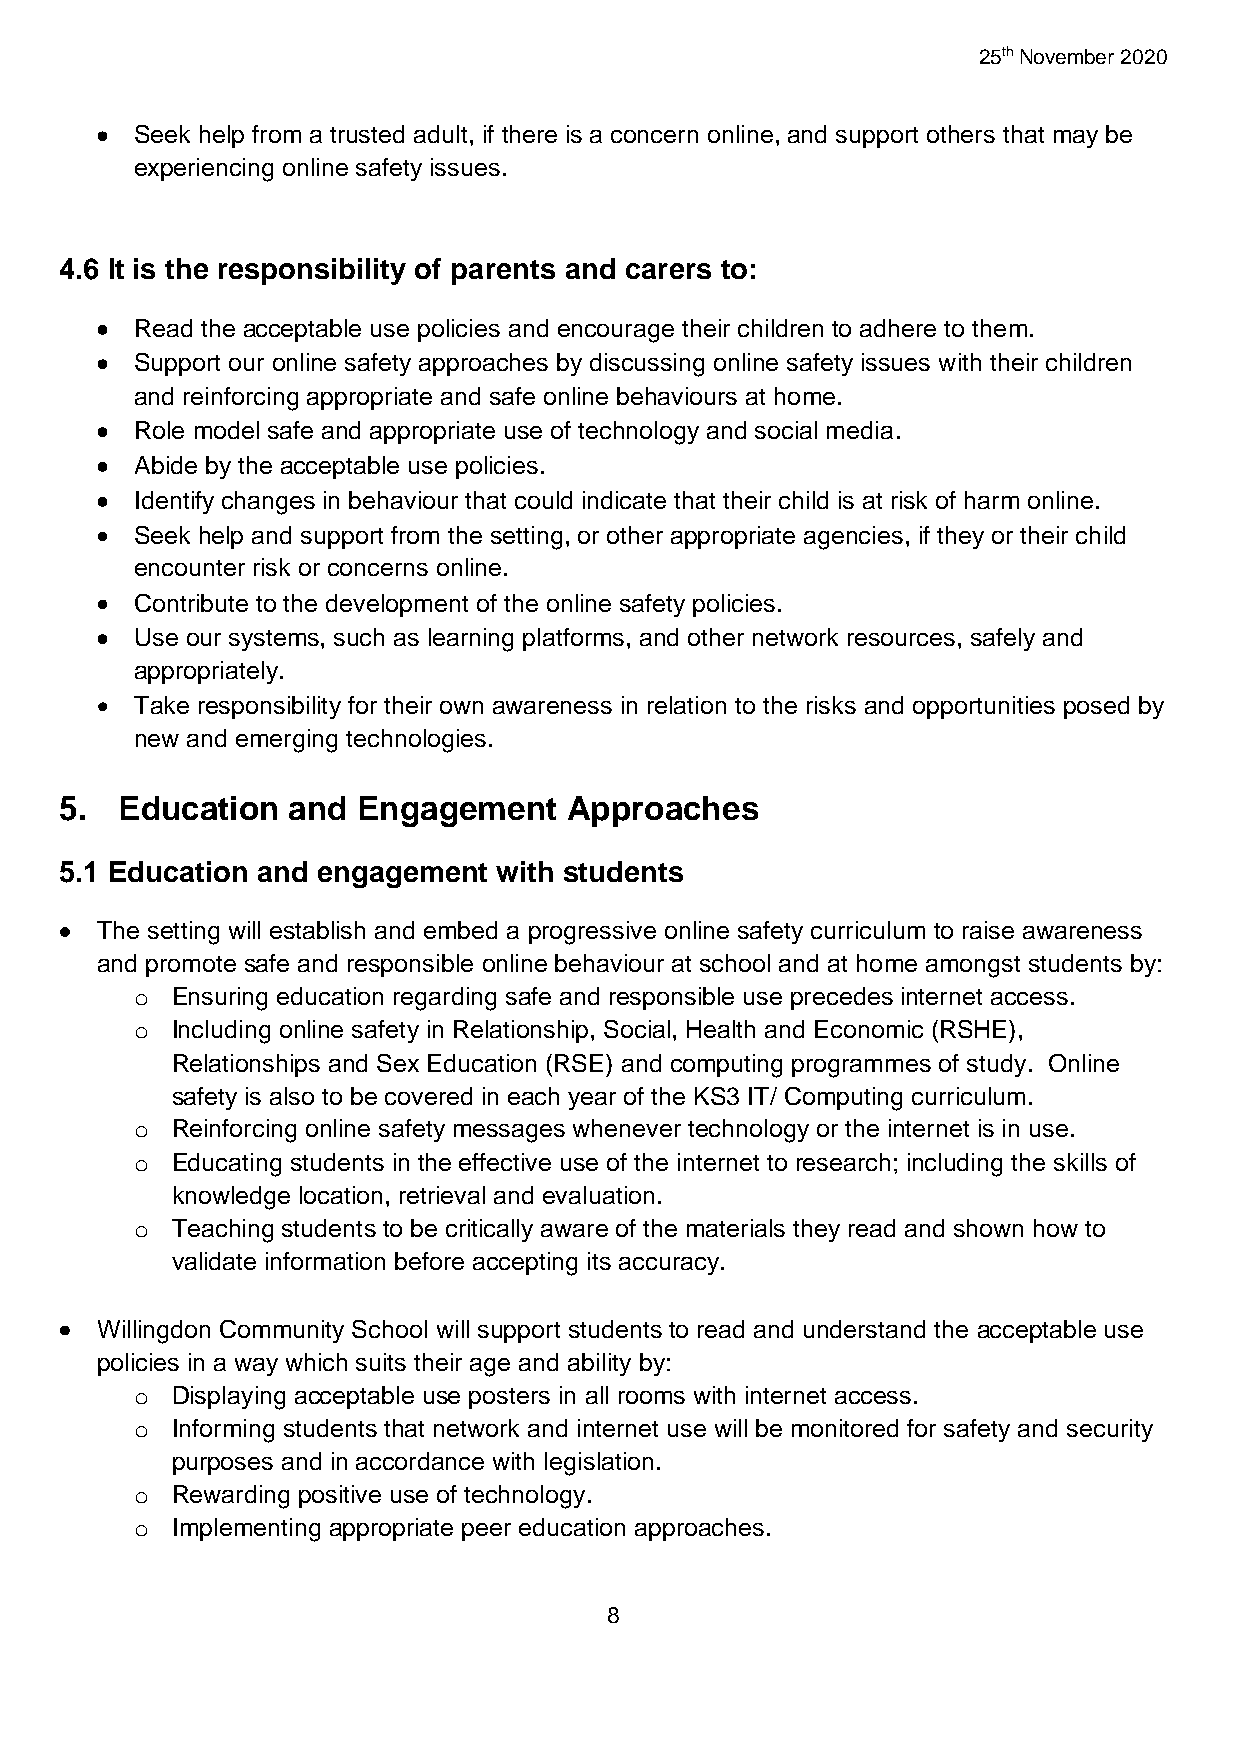
25th November 2020
   Seek help from a trusted adult, if there is a concern online, and support others that may be
 experiencing online safety issues.
 4.6 It is the responsibility of parents and carers to:
   Read the acceptable use policies and encourage their children to adhere to them.
   Support our online safety approaches by discussing online safety issues with their children
 and reinforcing appropriate and safe online behaviours at home.
   Role model safe and appropriate use of technology and social media.
   Abide by the acceptable use policies.
   Identify changes in behaviour that could indicate that their child is at risk of harm online.
   Seek help and support from the setting, or other appropriate agencies, if they or their child
 encounter risk or concerns online.
   Contribute to the development of the online safety policies.
   Use our systems, such as learning platforms, and other network resources, safely and
 appropriately.
   Take responsibility for their own awareness in relation to the risks and opportunities posed by
 new and emerging technologies.
 5.  Education  and  Engagement    Approaches
 5.1 Education and engagement with students
  The setting will establish and embed a progressive online safety curriculum to raise awareness
 and promote safe and responsible online behaviour at school and at home amongst students by:
 o Ensuring education regarding safe and responsible use precedes internet access.
 o Including online safety in Relationship, Social, Health and Economic (RSHE),
 Relationships and Sex Education (RSE) and computing programmes of study. Online
 safety is also to be covered in each year of the KS3 IT/ Computing curriculum.
 o Reinforcing online safety messages whenever technology or the internet is in use.
 o Educating students in the effective use of the internet to research; including the skills of
 knowledge location, retrieval and evaluation.
 o Teaching students to be critically aware of the materials they read and shown how to
 validate information before accepting its accuracy.
  Willingdon Community School will support students to read and understand the acceptable use
 policies in a way which suits their age and ability by:
 o Displaying acceptable use posters in all rooms with internet access.
 o Informing students that network and internet use will be monitored for safety and security
 purposes and in accordance with legislation.
 o Rewarding positive use of technology.
 o Implementing appropriate peer education approaches.
 8